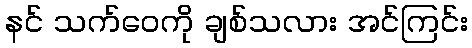
နင် သက်ဝေကို ချစ်သလား အင်ကြင်း